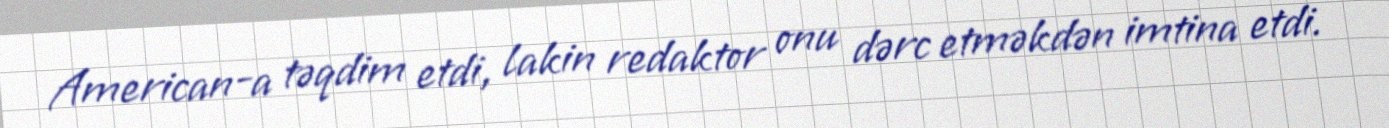
American-a təqdim etdi, lakin redaktor onu dərc etməkdən imtina etdi.